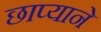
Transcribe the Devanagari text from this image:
छाप्याने